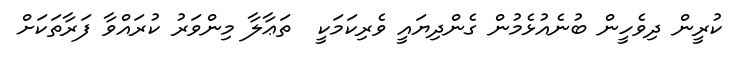
ކުރީން ދިވެހީން ބުނެއުޅެމުން ގެންދިޔައީ ވެރިކަމަކީ  ތަޢާލާ މިންވަރު ކުރައްވާ ފަރާތަކަށް